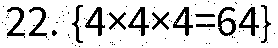
22. {4×4×4=64}